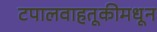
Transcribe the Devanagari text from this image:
टपालवाहतूकीमधून